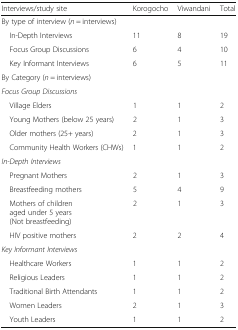
| Interviews/study site | Korogocho | Viwandani | Total |
 | --- | --- | --- | --- |
 | <COLSPAN=4> By type of interview (n = interviews) |
 | In-Depth Interviews | 11 | 8 | 19 |
 | Focus Group Discussions | 6 | 4 | 10 |
 | Key Informant Interviews | 6 | 5 | 11 |
 | <COLSPAN=4> By Category (n = interviews) |
 | <COLSPAN=4> Focus Group Discussions |
 | Village Elders | 1 | 1 | 2 |
 | Young Mothers (below 25 years) | 2 | 1 | 3 |
 | Older mothers (25+ years) | 2 | 1 | 3 |
 | Community Health Workers (CHWs) | 1 | 1 | 2 |
 | <COLSPAN=4> In-Depth Interviews |
 | Pregnant Mothers | 2 | 1 | 3 |
 | Breastfeeding mothers | 5 | 4 | 9 |
 | Mothers of children aged under 5 years (Not breastfeeding) | 2 | 1 | 3 |
 | HIV positive mothers | 2 | 2 | 4 |
 | <COLSPAN=4> Key Informant Interviews |
 | Healthcare Workers | 1 | 1 | 2 |
 | Religious Leaders | 1 | 1 | 2 |
 | Traditional Birth Attendants | 1 | 1 | 2 |
 | Women Leaders | 2 | 1 | 3 |
 | Youth Leaders | 1 | 1 | 2 |